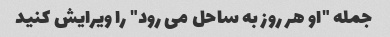
جمله "او هر روز به ساحل می رود" را ویرایش کنید